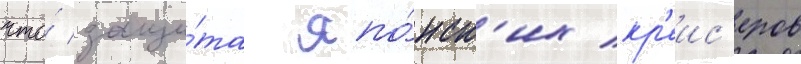
что́ защи́та япо́нск'их кр'еис'еров